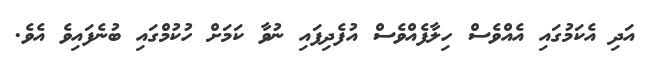
އަދި އެކަމުގައި އެއްވެސް ހިލާފެއްވެސް އުފެދިފައި ނުވާ ކަމަށް ހުކުމްގައި ބުނެފައިވެ އެވެ.